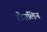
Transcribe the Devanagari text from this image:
रौज़लिन